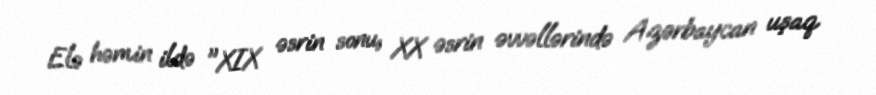
Elə həmin ildə "XIX əsrin sonu, XX əsrin əvvəllərində Azərbaycan uşaq